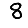
Digit: 8